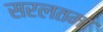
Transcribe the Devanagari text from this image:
सरलतमा